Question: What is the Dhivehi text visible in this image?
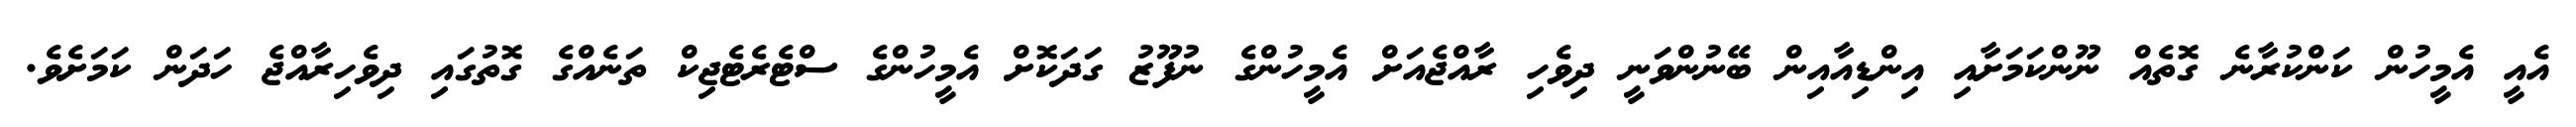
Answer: އެއީ އެމީހުން ކަންކުރާނެ ގޮތެއް ނޫންކަމަށާއި އިންޑިއާއިން ބޭނުންވަނީ ދިވެހި ރާއްޖެއަށް އެމީހުންގެ ނުފޫޒު ގަދަކޮށް އެމީހުންގެ ސްޓެރެޓެޖިކް ތަނެއްގެ ގޮތުގައި ދިވެހިރާއްޖެ ހަދަން ކަމަށެވެ.